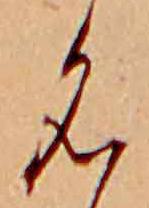
名